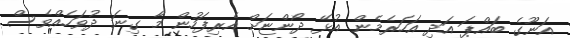
އަނޫގެ ބައްޕަ އަދި އަހަރެމެން އުޅޭ ދޯންޏަށް އެރިފަހުން މާ ގިނަ ދުވަހެއްވެސް